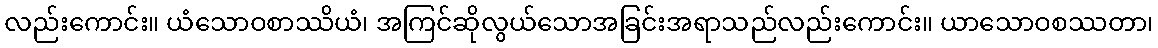
လည်းကောင်း။ ယံသောဝစာဿိယံ၊ အကြင်ဆိုလွယ်သောအခြင်းအရာသည်လည်းကောင်း။ ယာသောဝစဿတာ၊